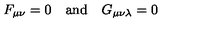
F _ { \mu \nu } = 0 \quad \mathrm { a n d } \quad G _ { \mu \nu \lambda } = 0